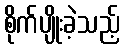
စိုက်ပျိုးခဲ့သည့်